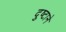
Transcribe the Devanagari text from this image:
दुष्टाने